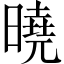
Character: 曉